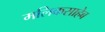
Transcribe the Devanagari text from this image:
मलिकसाहेब